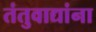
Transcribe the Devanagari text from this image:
तंतुवाद्यांना